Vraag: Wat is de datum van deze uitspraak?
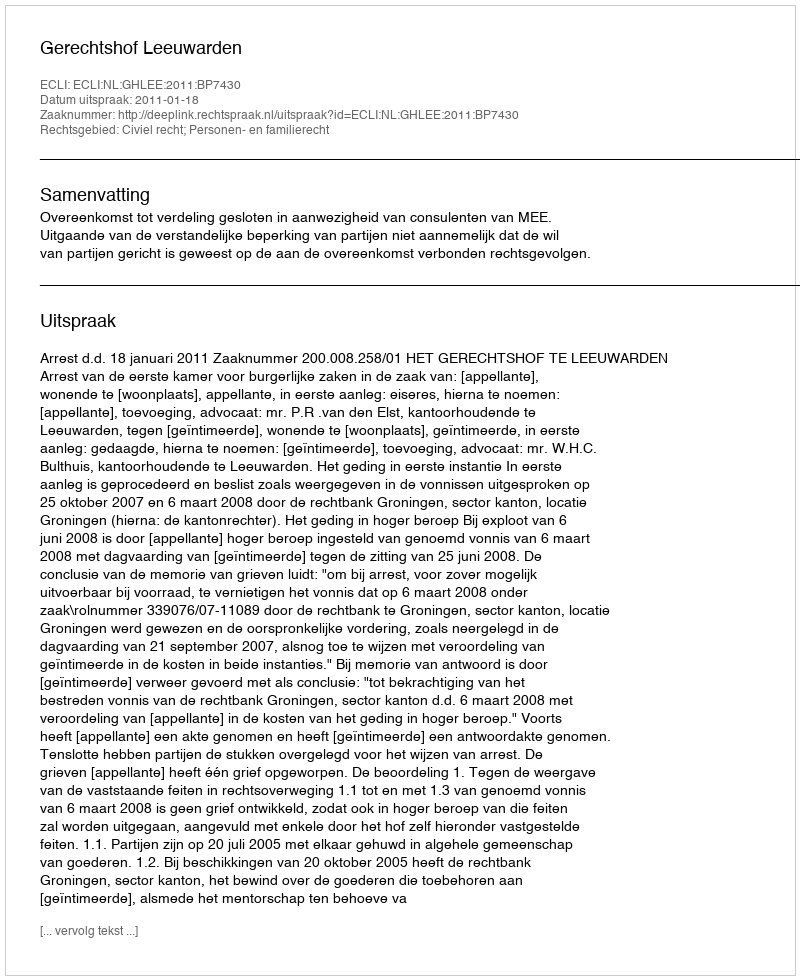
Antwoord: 2011-01-18